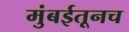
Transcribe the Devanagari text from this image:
मुंबईतूनच